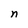
Character: n